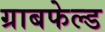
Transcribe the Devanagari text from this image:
ग्राबफेल्ड